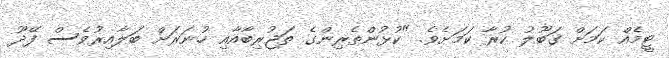
ޓީމެއް ކަމަށް ގަބޫލު ކުރާ ކަމަށެވެ. "ކުޅުންތެރިންގެ ތަޖުރިބާއާއި ހުނަރަށް ބަލާއިރުވެސް ފޭދޫ